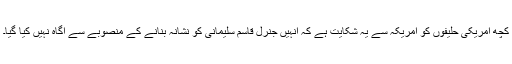
کچھ امریکی حلیفوں کو امریکہ سے یہ شکایت ہے کہ اُنہیں جنرل قاسم سلیمانی کو نشانہ بنانے کے منصوبے سے آگاہ نہیں کیا گیا۔